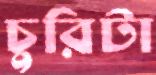
চুরিটা